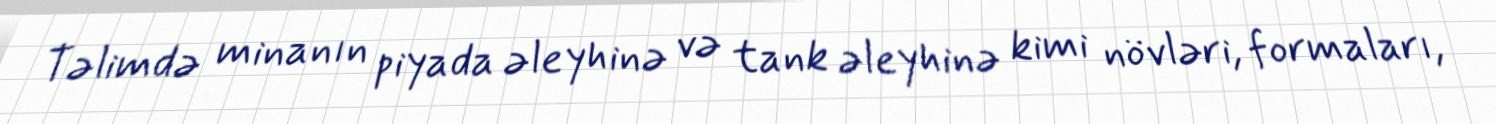
Təlimdə minanın piyada əleyhinə və tank əleyhinə kimi növləri, formaları,